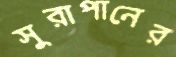
সুরাপানের